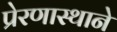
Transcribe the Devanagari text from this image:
प्रेरणास्थाने